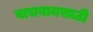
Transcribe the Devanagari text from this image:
वाचवायसाठी